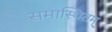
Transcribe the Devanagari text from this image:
समास्थितम्